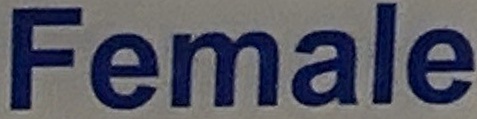
Female